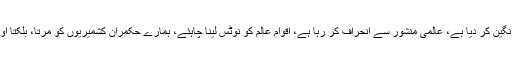
بھارتی فوج نے کشمیر کو انسانوں کے خون سے رنگین کر دیا ہے، عالمی منشور سے انحراف کر رہا ہے، اقوام عالم کو نوٹس لینا چاہئے، ہمارے حکمران کشمیریوں کو مرتا، بلکتا اور جلتا دیکھ رہے ہیں، لگتا ہے احساس مر چکا ہے۔